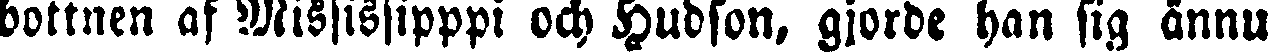
bottnen af Mississipppi och Hudson, gjorde han sig ännu